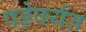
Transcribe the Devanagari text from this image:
पड़ेपर्यंत